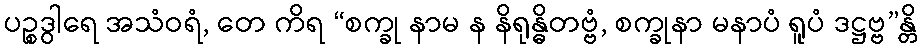
ပဉ္စဒွါရေ အသံဝရံ, တေ ကိရ “စက္ခု နာမ န နိရုန္ဓိတဗ္ဗံ, စက္ခုနာ မနာပံ ရူပံ ဒဋ္ဌဗ္ဗ”န္တိ